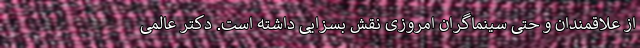
از علاقمندان و حتی سینماگران امروزی نقش بسزایی داشته است. دکتر عالمی